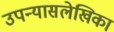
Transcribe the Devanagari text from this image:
उपन्यासलेखिका